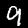
Label: 9